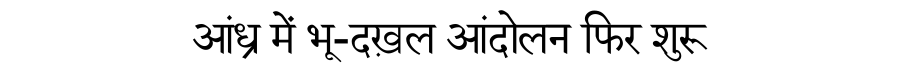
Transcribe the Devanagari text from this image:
आंध्र में भू-दख़ल आंदोलन फिर शुरू